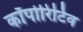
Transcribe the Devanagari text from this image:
कॉर्पोरिटिव